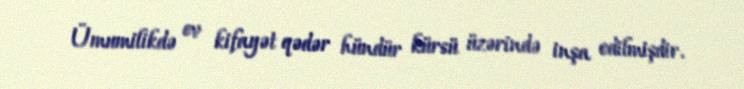
Ümumilikdə ev kifayət qədər hündür kürsü üzərində inşa edilmişdir.